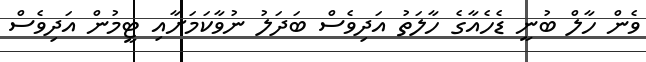
ވެން ހާލް ބުނީ ޑެހެއާގެ ހާލަތު އަދިވެސް ބަދަލު ނުވާކަމަށާއި ޓީމުން އަދިވެސް